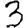
Digit: 3